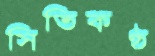
সিতিকণ্ঠ